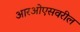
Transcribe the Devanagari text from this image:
आरओएसवरील